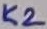
Text: K2